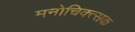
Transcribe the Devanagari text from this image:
मनोचिक्त्सक